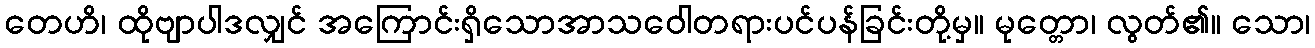
တေဟိ၊ ထိုဗျာပါဒလျှင် အကြောင်းရှိသောအာသဝေါတရားပင်ပန်ခြင်းတို့မှ။ မုတ္တော၊ လွတ်၏။ သော၊